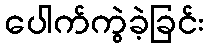
ပေါက်ကွဲခဲ့ခြင်း